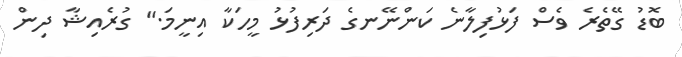
ބޮޑު ގޭތެރެ ވެސް ފަޅުފިލާނެ ކަންނޭނގެ ދަރިފުޅު މީހަކާ އިނީމަ." ގުރެއިޝާ ދިން